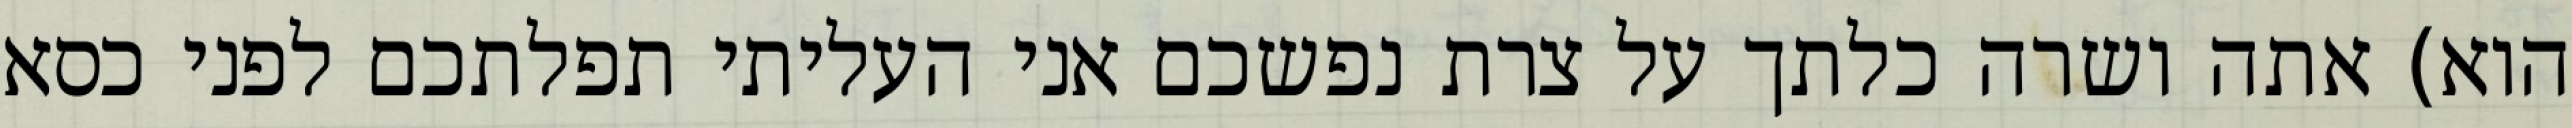
הוא) אתה ושרה כלתך על צרת נפשכם אני העליתי תפלתכם לפני כסא